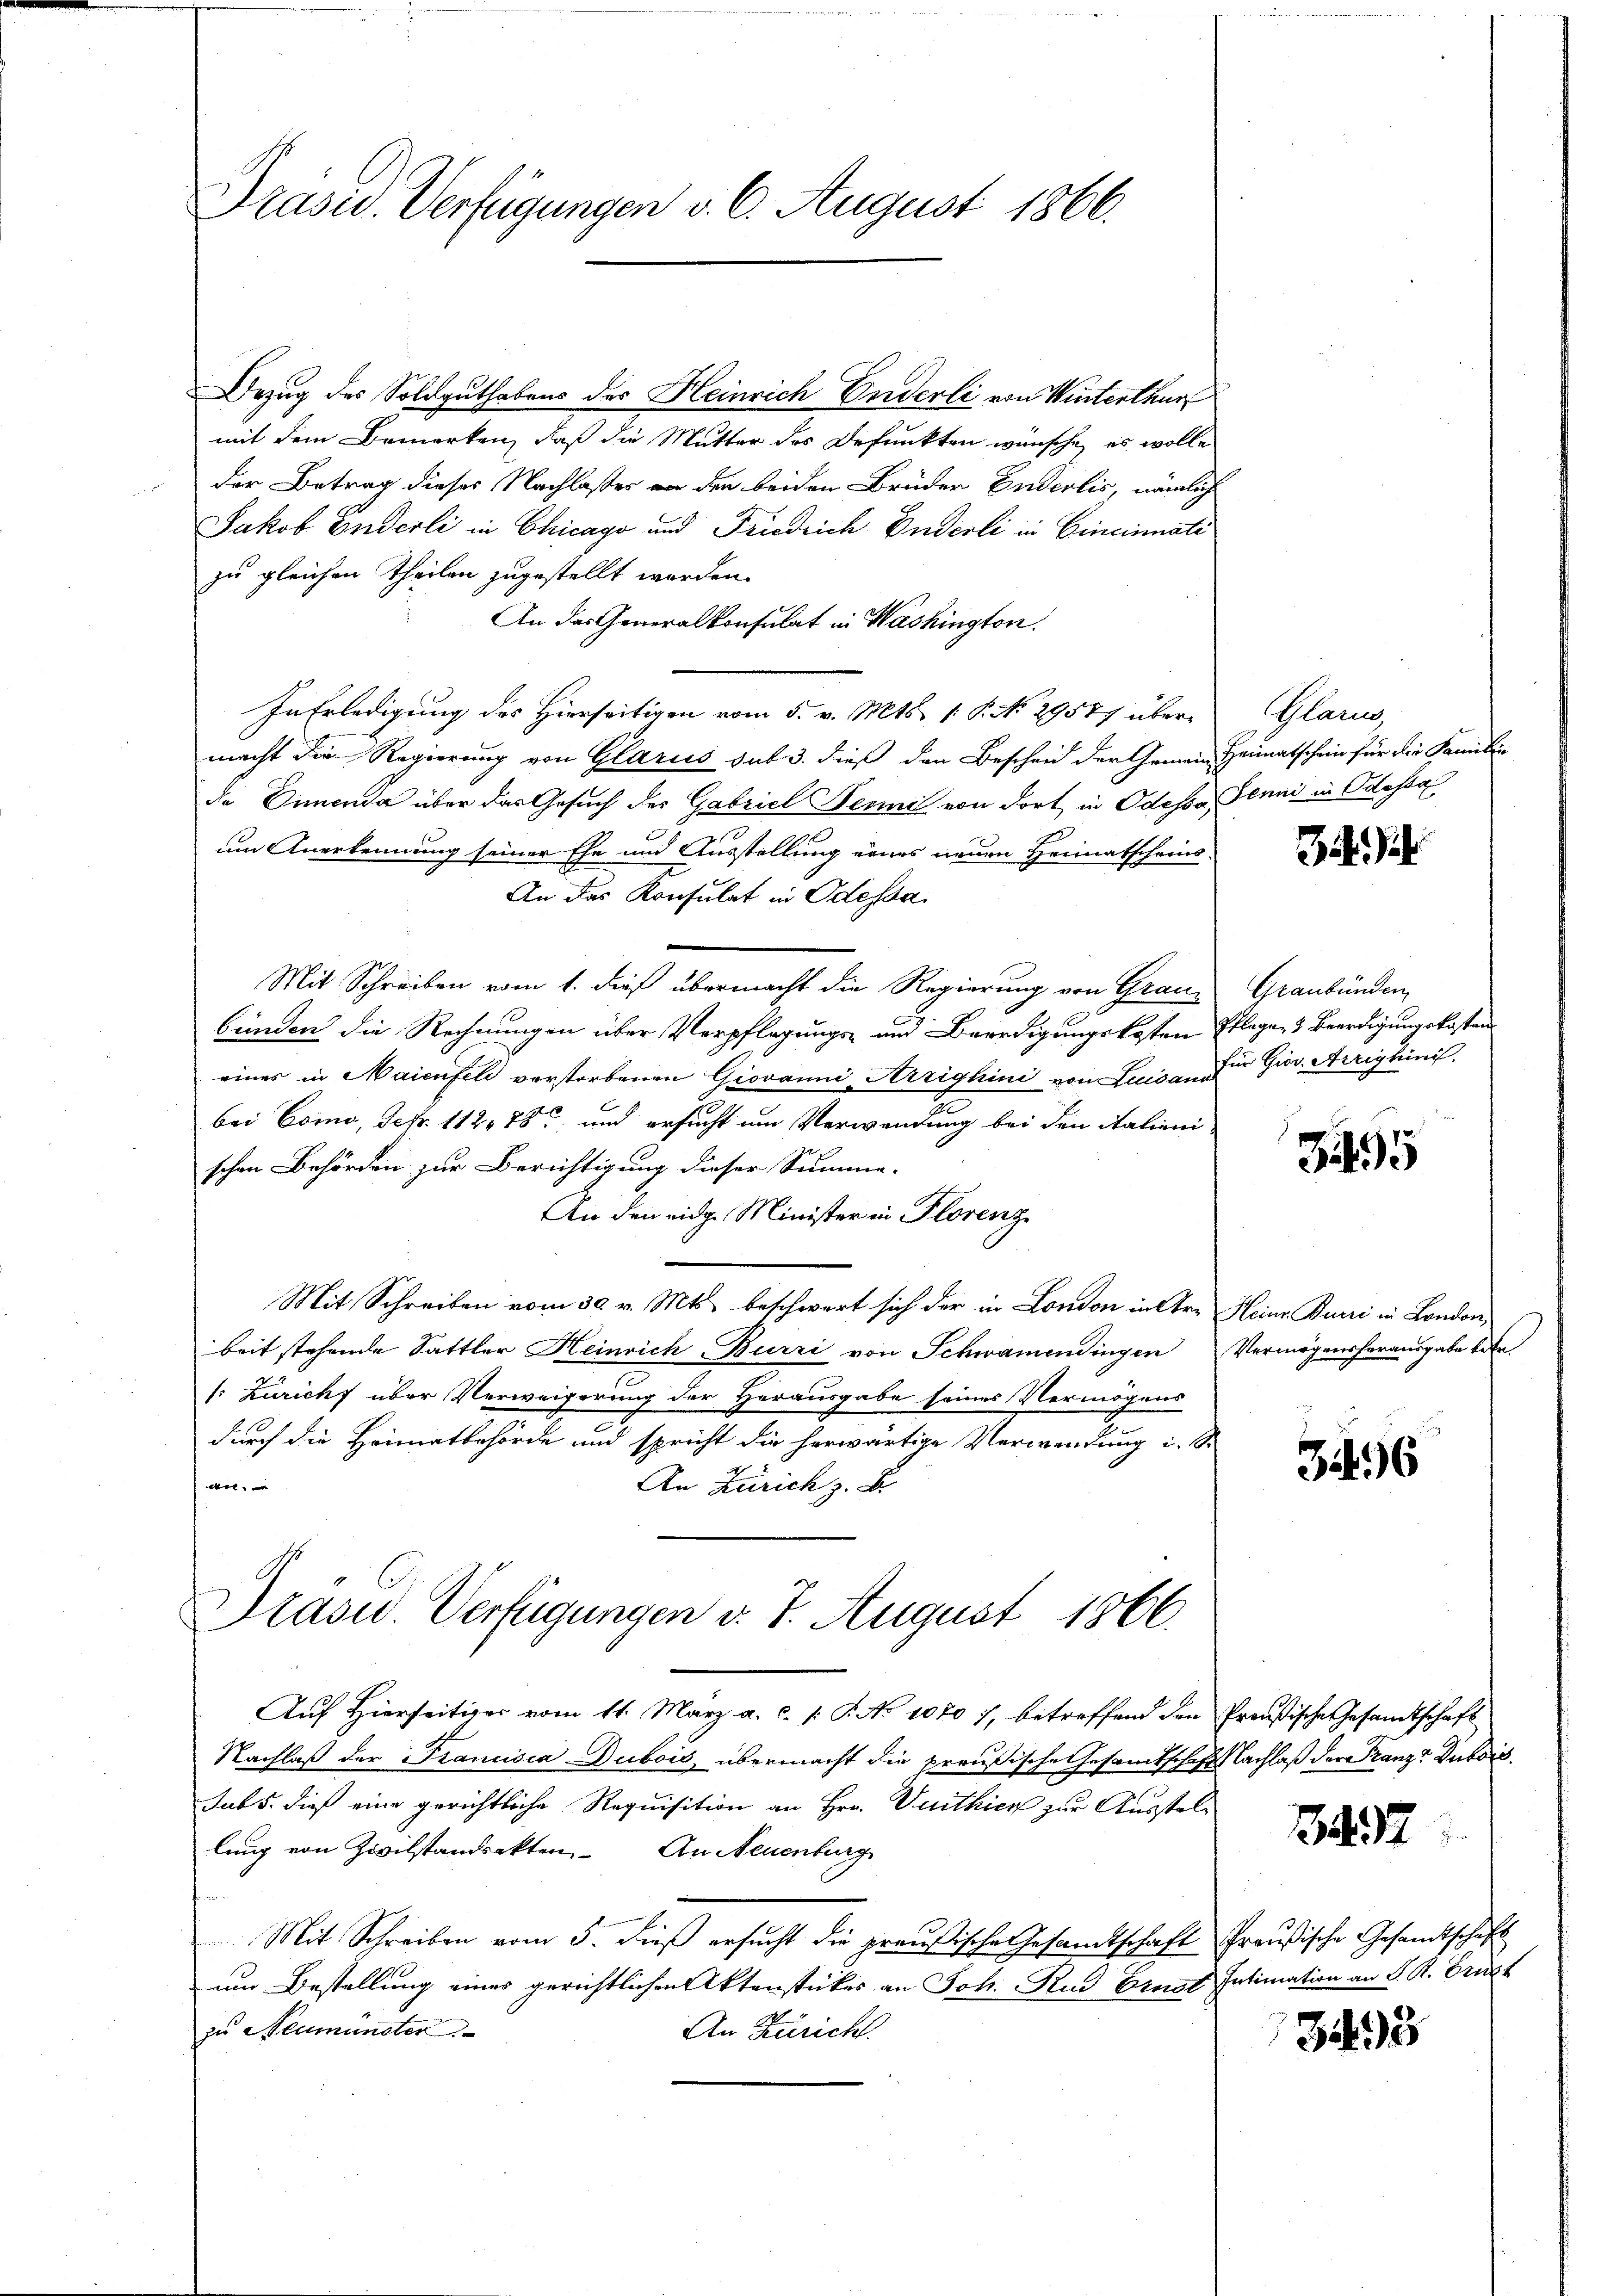
Präsid. Verfügungen v. 6. August 1866.

Bezug des Soldguthabens des Heinrich Enderli von Winterthur
mit dem Bemerken, daß die Mutter des Befunkten wünsche, es wolle
der Betrag dieses Nachlasser an den beiden Brüder Enderlis, nämlich
Jakob Enderli in Chicago und Friedrich Enderli in Cincinnati
zu gleichen Theilen zugestellt worden.
An das Generalkonsulat in Washington.
In Erledigung des Hierseitigen vom 5. v. Mts. 1. P. No. 2957) übermacht die Regierung von Glarus sub 3. dieß den Bescheid der Gemein Heimatschein für die Familie
de Innenda über das Gesuch des Gabriel Benni von dort in Odessa Jenni in Odessa
um Anerkennung seiner Ehe und Ausstellung eines neuen Heimatscheins-
An das Konsulat in Odessa
d
Mit Schreiben vom 1. dieß übermacht die Regierung von Graubunden die Rechnungen über Verpflegungs- und Beerdigungskosten Pflegen & Beerdigungskosten
eines in Maienfeld verstorbenen Giovanni, Arrighini von Luisar für Giov. Arrighini
bei Como, Febr. 112. 78 und ersucht um Verwendung bei den italienischen Behörden zur Berichtigung dieser Summe.
An den eidg. Minister in Florenz
Mit Schreiben vom 30. v. Mts. beschwert sich der in London in Arr Heine Burri in London,
beit stehende Sattler Heinrich-Burri von Schwamendingen
1: Zuricht über Verweigerung der Herausgabe seines Vermögens
durch die Heimatbehörde und spricht die herwärtige Verwendung i. S.
er
An Zürich z. B.

Prasid. Verfügungen v. 7. August 1866.

Glan

Auf Hierseitiger vom 11. März a. c. /: P. No 1070 7, betreffend den Preußische Gesandtschaft
Nachlaß der Francisca Dubois, übermacht die preußische Gesamtschaft Nachlaß der Franz Dubois
Jubs, dieß eine gerichtliche Requisition an Hrn. Veitkicn zur Ausstellung von Zivilstandsakten. An Neuenburg
Mit Schreiben vom 5. dieß ersucht die preußische Gesamtschaft Preußische Gesandtschaft
um Bestellung eines gerichtlichen Aktenstückes an Joh. Knd Ernst Intimation an S. R. Brust
An Züricht.
zu Neumünster

a

Graubünden

95

Vermögensherausgabe betr.

3496

147

Z.3